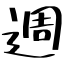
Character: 週